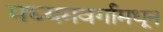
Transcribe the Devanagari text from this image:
मध्यमवर्गामधून